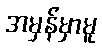
အမှန်မှာမူ